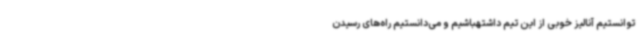
توانستیم آنالیز خوبی از این تیم داشتهباشیم و می‌دانستیم راه‌های رسیدن